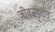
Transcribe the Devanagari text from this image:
जीवनवृतांत